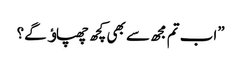
”اب تم مجھ سے بھی کچھ چھپاﺅ گے؟